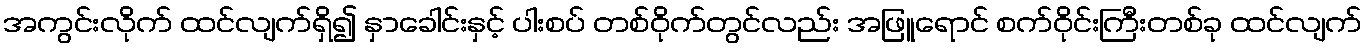
အကွင်းလိုက် ထင်လျက်ရှိ၍ နှာခေါင်းနှင့် ပါးစပ် တစ်ဝိုက်တွင်လည်း အဖြူရောင် စက်ဝိုင်းကြီးတစ်ခု ထင်လျက်